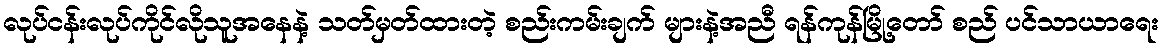
လုပ်ငန်းလုပ်ကိုင်လိုသူအနေနဲ့ သတ်မှတ်ထားတဲ့ စည်းကမ်းချက် များနဲ့အညီ ရန်ကုန်မြို့တော် စည် ပင်သာယာရေး